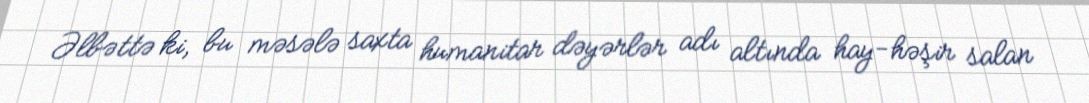
Əlbəttə ki, bu məsələ saxta humanitar dəyərlər adı altında hay-həşir salan